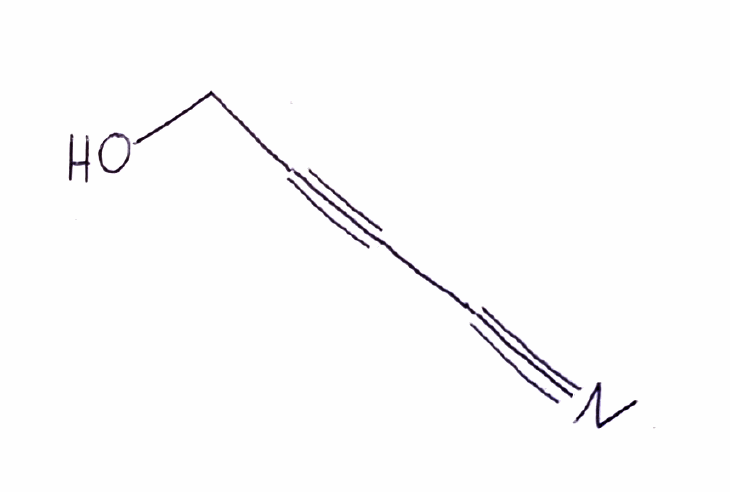
Simplified molecular-input line-entry system (SMILES) notation of the given molecule:
C(C#CC#N)O